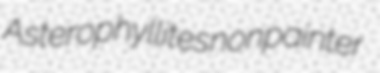
Asterophyllites nonpainter